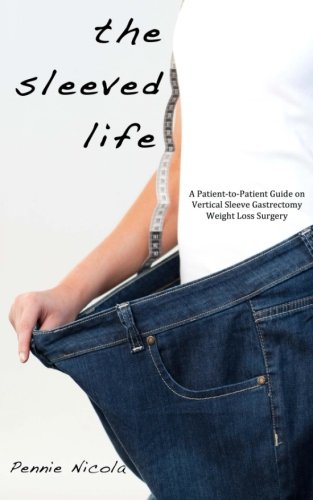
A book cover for The Sleeved Life: A Patient-to-Patient Guide on Vertical Sleeve Gastrectomy Weight Loss Surgery; Pennie Nicola; Medical Books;